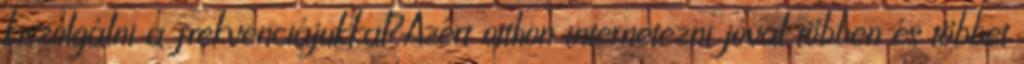
kiszolgálni a frekvenciájukkal?Azért otthon internetezni jóval többen és többet